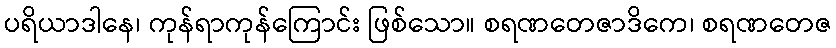
ပရိယာဒါနေ၊ ကုန်ရာကုန်ကြောင်း ဖြစ်သော။ စရဏတေဇာဒိကေ၊ စရဏတေဇ